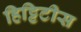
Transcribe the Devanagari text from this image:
हिट्टिटीस